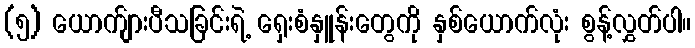
(၅) ယောက်ျားပီသခြင်းရဲ့ ရှေးစံနှူန်းတွေကို နှစ်ယောက်လုံး စွန့်လွှတ်ပါ။